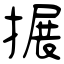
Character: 搌